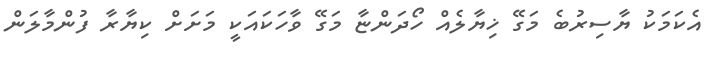
އެކަމަކު ޔާސިރުބެ މަގޭ ޚިޔާލެއް ހޯދަންޏާ މަގޭ ވާހަކައަކީ މަށަށް ކިޔާރާ ފުންމާލަން